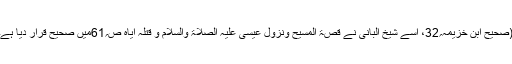
(صحیح ابن خزیمہ؍32، اسے شیخ البانی نے قصۃ المسیح ونزول عیسی علیہ الصلاۃ والسلام و قتلہ ایاہ ص؍61میں صحیح قرار دیا ہے۔